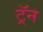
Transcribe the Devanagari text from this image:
ट्रॅन